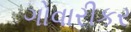
ગોવારીકર